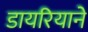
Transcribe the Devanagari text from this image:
डायरियाने